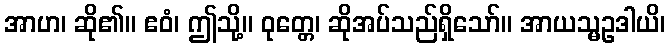
အာဟ၊ ဆို၏။ ဧဝံ၊ ဤသို့။ ဝုတ္တေ၊ ဆိုအပ်သည်ရှိသော်။ အာယသ္မဥဒါယိ၊